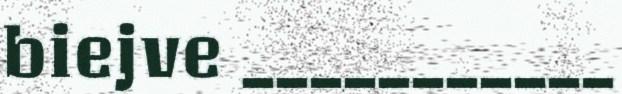
biejve ___________